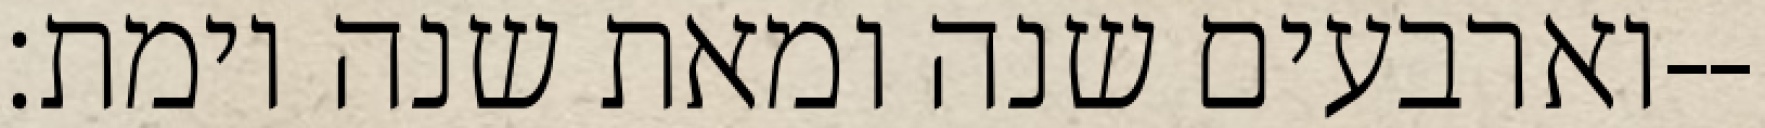
וארבעים שנה ומאת שנה וימת׃--